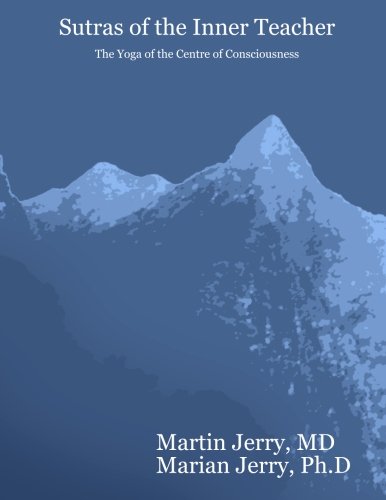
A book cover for Sutras of the Inner Teacher: The Yoga of the Centre of Consciousness; Martin Jerry M.D.; Religion & Spirituality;